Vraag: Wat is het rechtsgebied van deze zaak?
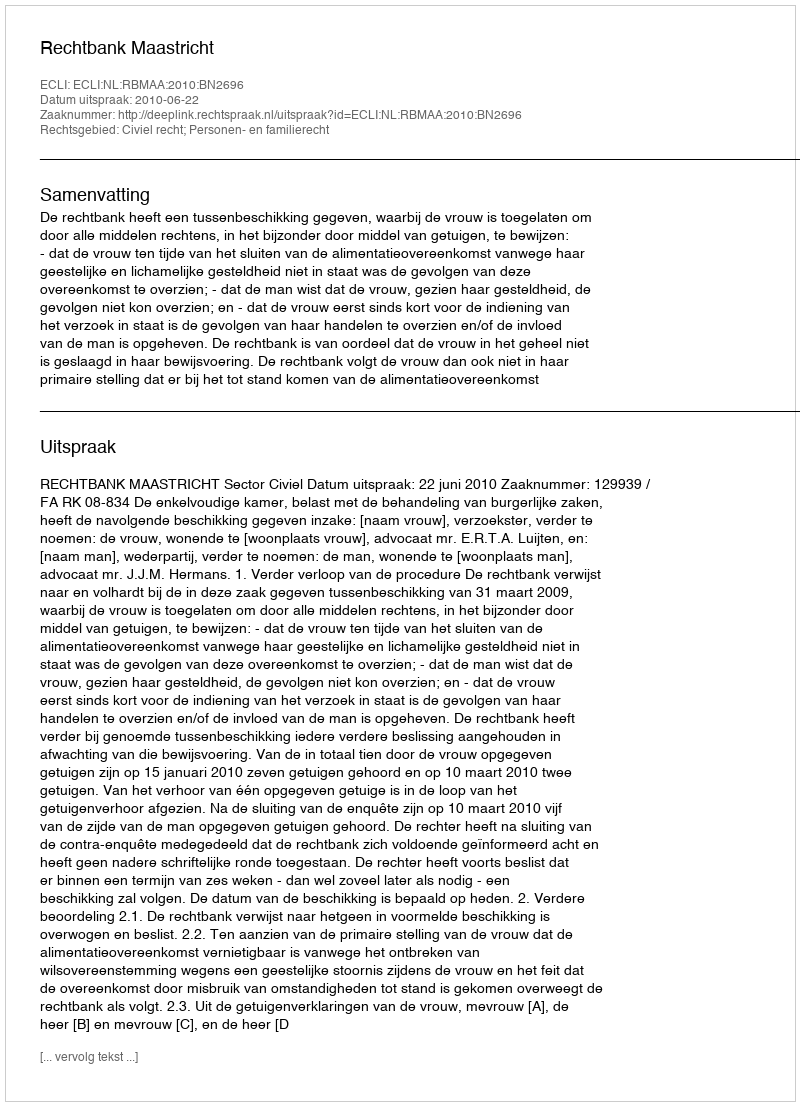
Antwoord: Civiel recht; Personen- en familierecht